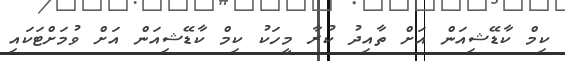
ކިމް ކާޑޭޝިއަން އަށް ތާއިދު ކުރާ މީހަކު ކިމް ކާޑޭޝިއަން އަށް ވުމަށްޓަކައި